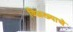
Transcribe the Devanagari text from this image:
विळख्याचे